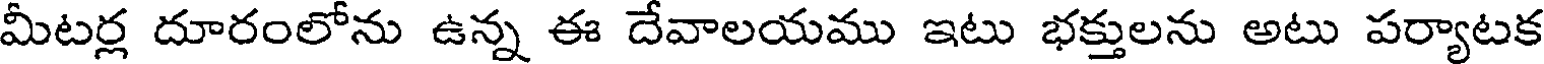
మీటర్ల దూరంలోను ఉన్న ఈ దేవాలయము ఇటు భక్తులను అటు పర్యాటక